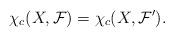
LaTeX: \begin{align*}\chi_c(X,{\cal F})=\chi_c(X,{\cal F}').\end{align*}